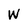
Character: W